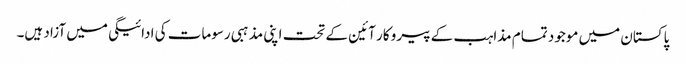
پاکستان میں موجود تمام مذاہب کے پیرو کار آئین کے تحت اپنی مذہبی رسومات کی ادائیگی میں آزاد ہیں۔